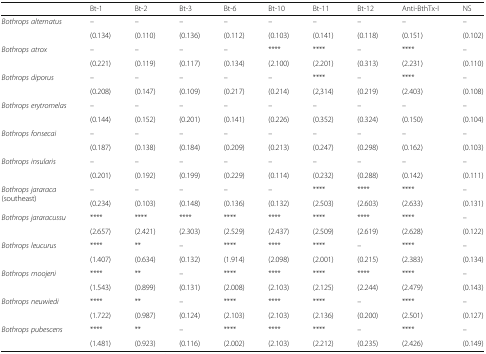
<table><thead><tr><td></td><td><b>Bt-1</b></td><td><b>Bt-2</b></td><td><b>Bt-3</b></td><td><b>Bt-6</b></td><td><b>Bt-10</b></td><td><b>Bt-11</b></td><td><b>Bt-12</b></td><td><b>Anti-BthTx-I</b></td><td><b>NS</b></td></tr></thead><tbody><tr><td rowspan="2"><i>Bothrops alternatus</i></td><td>–</td><td>–</td><td>–</td><td>–</td><td>–</td><td>–</td><td>–</td><td>–</td><td>–</td></tr><tr><td>(0.134)</td><td>(0.110)</td><td>(0.136)</td><td>(0.112)</td><td>(0.103)</td><td>(0.141)</td><td>(0.118)</td><td>(0.151)</td><td>(0.102)</td></tr><tr><td rowspan="2"><i>Bothrops atrox</i></td><td>–</td><td>–</td><td>–</td><td>–</td><td>****</td><td>****</td><td>–</td><td>****</td><td>–</td></tr><tr><td>(0.221)</td><td>(0.119)</td><td>(0.117)</td><td>(0.134)</td><td>(2.100)</td><td>(2.201)</td><td>(0.313)</td><td>(2.231)</td><td>(0.110)</td></tr><tr><td rowspan="2"><i>Bothrops diporus</i></td><td>–</td><td>–</td><td>–</td><td>–</td><td>–</td><td>****</td><td>–</td><td>****</td><td>–</td></tr><tr><td>(0.208)</td><td>(0.147)</td><td>(0.109)</td><td>(0.217)</td><td>(0.214)</td><td>(2,314)</td><td>(0.219)</td><td>(2.403)</td><td>(0.108)</td></tr><tr><td rowspan="2"><i>Bothrops erytromelas</i></td><td>–</td><td>–</td><td>–</td><td>–</td><td>–</td><td>–</td><td>–</td><td>–</td><td>–</td></tr><tr><td>(0.144)</td><td>(0.152)</td><td>(0.201)</td><td>(0.141)</td><td>(0.226)</td><td>(0.352)</td><td>(0.324)</td><td>(0.150)</td><td>(0.104)</td></tr><tr><td rowspan="2"><i>Bothrops fonsecai</i></td><td>–</td><td>–</td><td>–</td><td>–</td><td>–</td><td>–</td><td>–</td><td>–</td><td>–</td></tr><tr><td>(0.187)</td><td>(0.138)</td><td>(0.184)</td><td>(0.209)</td><td>(0.213)</td><td>(0.247)</td><td>(0.298)</td><td>(0.162)</td><td>(0.103)</td></tr><tr><td rowspan="2"><i>Bothrops insularis</i></td><td>–</td><td>–</td><td>–</td><td>–</td><td>–</td><td>–</td><td>–</td><td>–</td><td>–</td></tr><tr><td>(0.201)</td><td>(0.192)</td><td>(0.199)</td><td>(0.229)</td><td>(0.114)</td><td>(0.232)</td><td>(0.288)</td><td>(0.142)</td><td>(0.111)</td></tr><tr><td rowspan="2"><i>Bothrops jararaca</i>(southeast)</td><td>–</td><td>–</td><td>–</td><td>–</td><td>–</td><td>****</td><td>****</td><td>****</td><td>–</td></tr><tr><td>(0.234)</td><td>(0.103)</td><td>(0.148)</td><td>(0.136)</td><td>(0.132)</td><td>(2.503)</td><td>(2.603)</td><td>(2.633)</td><td>(0.131)</td></tr><tr><td rowspan="2"><i>Bothrops jararacussu</i></td><td>****</td><td>****</td><td>****</td><td>****</td><td>****</td><td>****</td><td>****</td><td>****</td><td>–</td></tr><tr><td>(2.657)</td><td>(2.421)</td><td>(2.303)</td><td>(2.529)</td><td>(2.437)</td><td>(2.509)</td><td>(2.619)</td><td>(2.628)</td><td>(0.122)</td></tr><tr><td rowspan="2"><i>Bothrops leucurus</i></td><td>****</td><td>**</td><td>–</td><td>****</td><td>****</td><td>****</td><td>–</td><td>****</td><td>–</td></tr><tr><td>(1.407)</td><td>(0.634)</td><td>(0.132)</td><td>(1.914)</td><td>(2.098)</td><td>(2.001)</td><td>(0.215)</td><td>(2.383)</td><td>(0.134)</td></tr><tr><td rowspan="2"><i>Bothrops moojeni</i></td><td>****</td><td>**</td><td>–</td><td>****</td><td>****</td><td>****</td><td>****</td><td>****</td><td>–</td></tr><tr><td>(1.543)</td><td>(0.899)</td><td>(0.131)</td><td>(2.008)</td><td>(2.103)</td><td>(2.125)</td><td>(2.244)</td><td>(2.479)</td><td>(0.143)</td></tr><tr><td rowspan="2"><i>Bothrops neuwiedi</i></td><td>****</td><td>**</td><td>–</td><td>****</td><td>****</td><td>****</td><td>–</td><td>****</td><td>–</td></tr><tr><td>(1.722)</td><td>(0.987)</td><td>(0.124)</td><td>(2.103)</td><td>(2.103)</td><td>(2.136)</td><td>(0.200)</td><td>(2.501)</td><td>(0.127)</td></tr><tr><td rowspan="2"><i>Bothrops pubescens</i></td><td>****</td><td>**</td><td>–</td><td>****</td><td>****</td><td>****</td><td>–</td><td>****</td><td>–</td></tr><tr><td>(1.481)</td><td>(0.923)</td><td>(0.116)</td><td>(2.002)</td><td>(2.103)</td><td>(2.212)</td><td>(0.235)</td><td>(2.426)</td><td>(0.149)</td></tr></tbody></table>